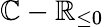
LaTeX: \mathbb{C}-\mathbb{R}_{\leq 0}